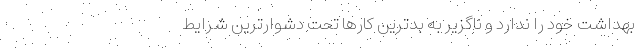
بهداشت خود را ندارد و ناگزیر به بدترین کارها تحت دشوار‌ترین شرایط